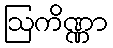
ဩကိဏ္ဏာ